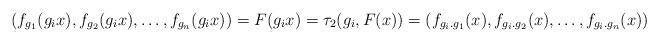
LaTeX: \begin{align*}(f_{g_1}(g_i x),f_{g_2}(g_i x),\ldots,f_{g_n}(g_i x)) = F(g_ix)=\tau_2(g_i,F(x)) = (f_{g_i.g_1}( x),f_{g_i.g_2}(x),\ldots,f_{g_i.g_n}(x))\end{align*}